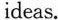
ideas.